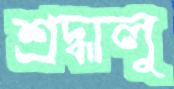
শ্রদ্ধালু